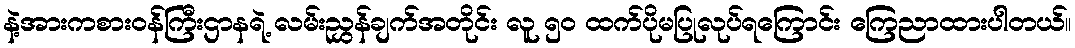
နဲ့အားကစားဝန်ကြီးဌာနရဲ့ လမ်းညွှန်ချက်အတိုင်း လူ ၅၀ ထက်ပိုမပြုလုပ်ရကြောင်း ကြေညာထားပါတယ်။